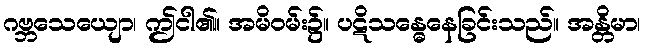
ဂဗ္ဘသေယျော၊ ဤငါ၏။ အမိဝမ်း၌။ ပဋိသန္ဓေနေခြင်းသည်။ အန္တိမာ၊